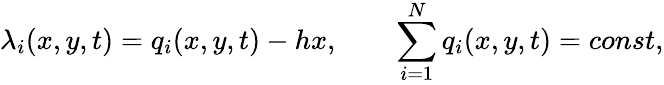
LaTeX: \lambda_{i}(x,y,t)=q_{i}(x,y,t)-hx,\qquad\sum_{i=1}^{N}q_{i}(x,y,t)=const,